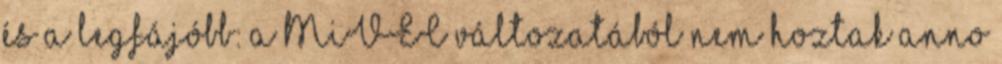
és a legfájóbb: a MiVEC változatából nem hoztak anno